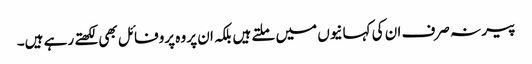
پیر نہ صرف ان کی کہانیوں میں ملتے ہیں بلکہ ان پر وہ پروفائل بھی لکھتے رہے ہیں۔